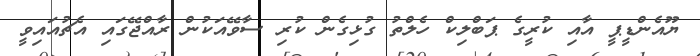
ޔޫއެންޑީޕީ އާއި ކުރީގެ ޕަބްލިކް ހެލްތު ގުޅިގެން ކުރި ސާވޭއަކުން ރާއްޖޭގައި އެޗުއައިވީ